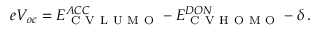
e V _ { o c } = E _ { \mathrm { ~ C ~ V ~ L ~ U ~ M ~ O ~ } } ^ { A C C } - E _ { \mathrm { ~ C ~ V ~ H ~ O ~ M ~ O ~ } } ^ { D O N } - \delta \, .